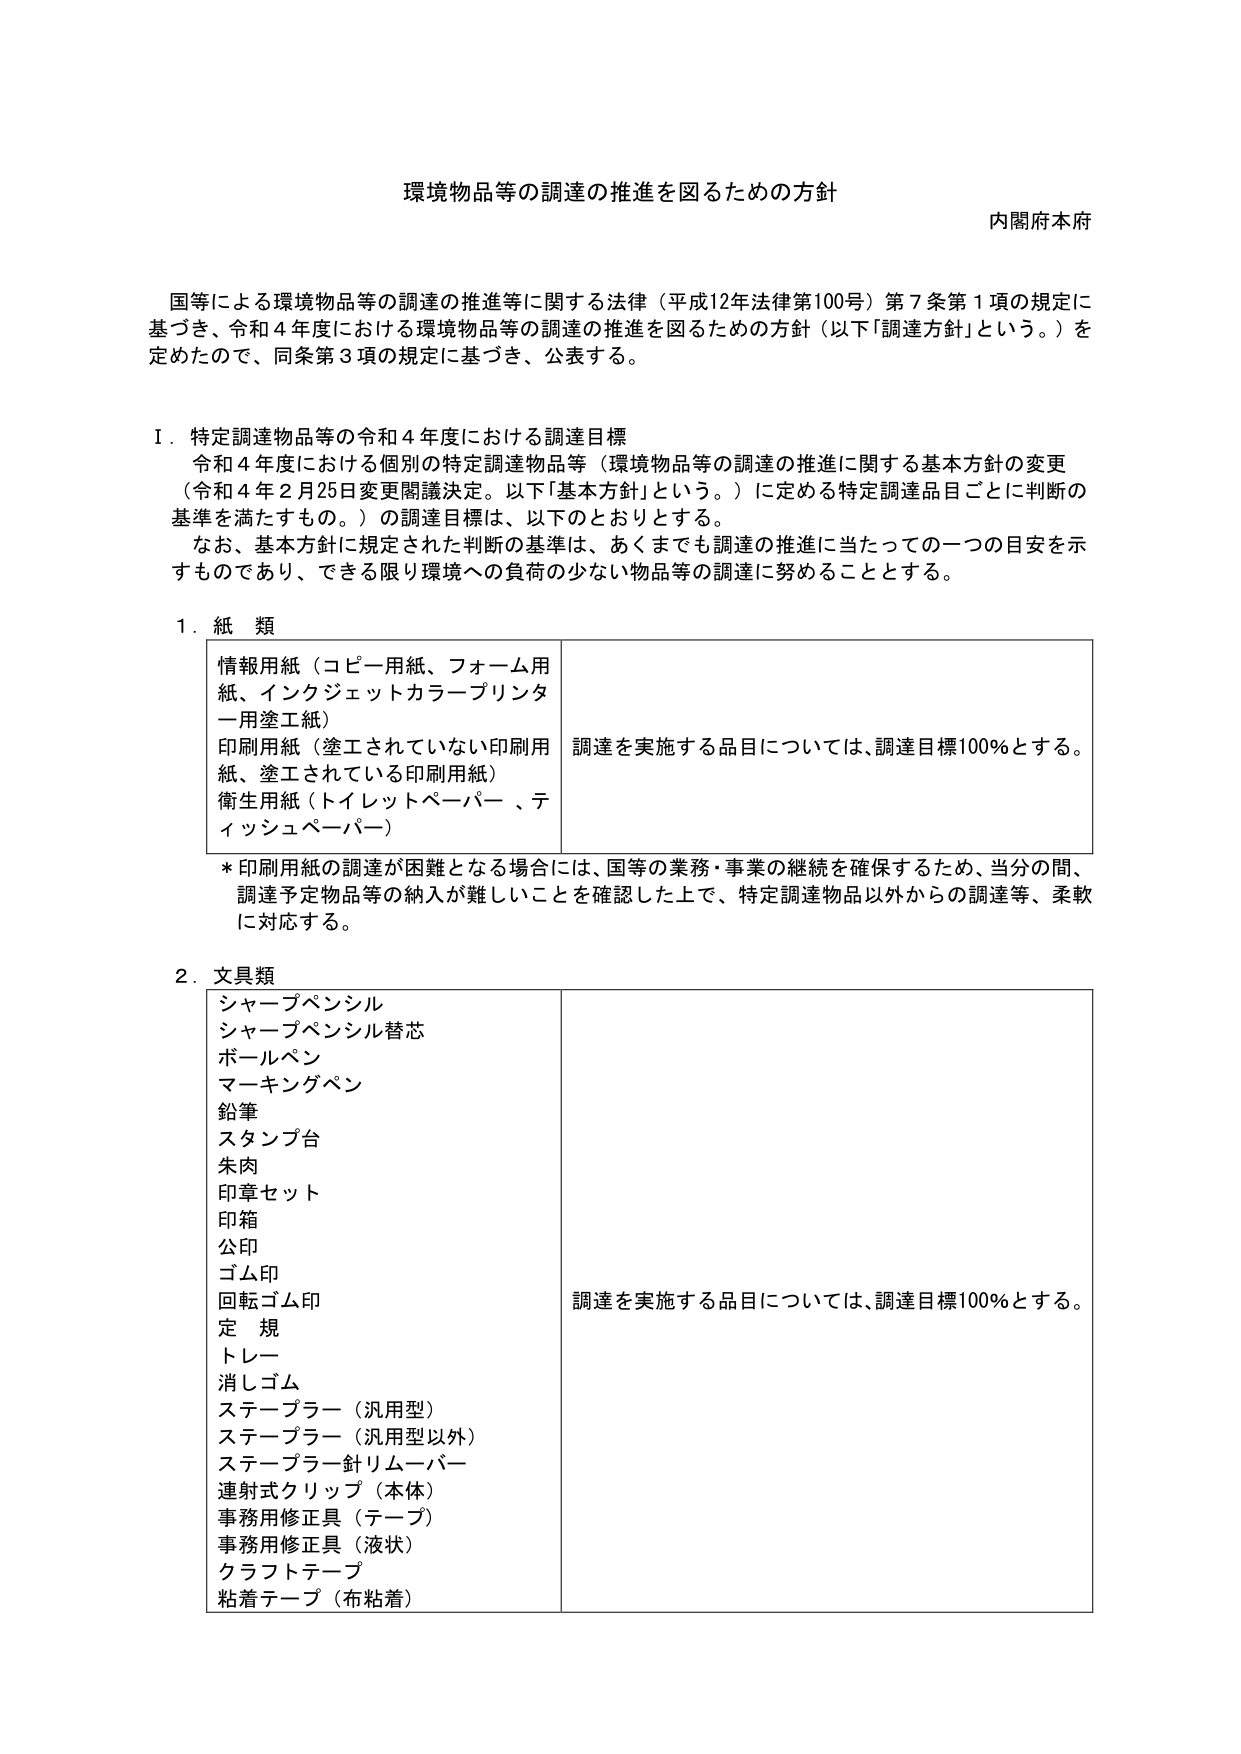
環境物品等の調達の推進を図るための方針
内閣府本府

国等による環境物品等の調達の推進等に関する法律（平成12年法律第100号）第7条第1項の規定に基づき、令和4年度における環境物品等の調達の推進を図るための方針（以下「調達方針」という。）を定めたので、同条第3項の規定に基づき、公表する。

Ⅰ．特定調達物品等の令和4年度における調達目標
　令和4年度における個別の特定調達物品等（環境物品等の調達の推進に関する基本方針の変更（令和4年2月25日変更閣議決定。以下「基本方針」という。）に定める特定調達品目ごとに判断の基準を満たすもの。）の調達目標は、以下のとおりとする。
　なお、基本方針に規定された判断の基準は、あくまでも調達の推進に当たっての一つの目安を示すものであり、できる限り環境への負荷の少ない物品等の調達に努めることとする。

1．紙類
　情報用紙（コピー用紙、フォーム用紙、インクジェットカラープリンター用塗工紙）
　印刷用紙（塗工されていない印刷用紙、塗工されている印刷用紙）
　衛生用紙（トイレットペーパー、ティッシュペーパー）
　調達を実施する品目については、調達目標100％とする。

　*印刷用紙の調達が困難となる場合には、国等の業務・事業の継続を確保するため、当分の間、調達予定物品等の納入が難しいことを確認した上で、特定調達物品以外からの調達等、柔軟に対応する。

2．文具類
　シャープペンシル
　シャープペンシル替芯
　ボールペン
　マーキングペン
　鉛筆
　スタンプ台
　朱肉
　印章セット
　印箱
　公印
　ゴム印
　回転ゴム印
　定規
　トレー
　消しゴム
　ステープラー（汎用型）
　ステープラー（汎用型以外）
　ステープラー針リムーバー
　連射式クリップ（本体）
　事務用修正具（テープ）
　事務用修正具（液状）
　クラフトテープ
　粘着テープ（布粘着）
　調達を実施する品目については、調達目標100％とする。